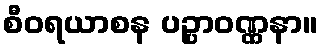
စီဝရယာစန ပဉ္ပာဝဏ္ဏနာ။